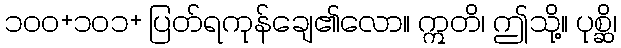
၁၀၀+၁၀၁+ ပြတ်ရကုန်ချေ၏လော။ ဣတိ၊ ဤသို့။ ပုစ္ဆိ၊